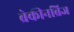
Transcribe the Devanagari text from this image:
ब्रेकीनब्रिज